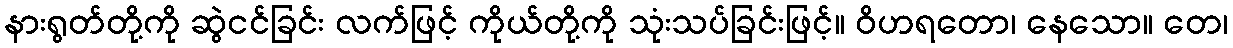
နားရွတ်တို့ကို ဆွဲငင်ခြင်း လက်ဖြင့် ကိုယ်တို့ကို သုံးသပ်ခြင်းဖြင့်။ ဝိဟရတော၊ နေသော။ တေ၊